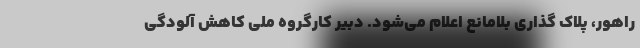
راهور، پلاک گذاری بلامانع اعلام می‌شود. دبیر کارگروه ملی کاهش آلودگی